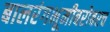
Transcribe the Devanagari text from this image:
बालरंगभूमीबरोबरच